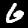
Digit: 6